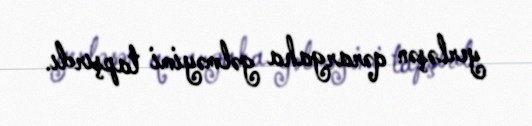
yerləşən qərargaha gəlməyimi tapşırdı.